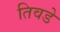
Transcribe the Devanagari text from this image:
तिवडे